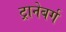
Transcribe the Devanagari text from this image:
ट्रानेबर्ग